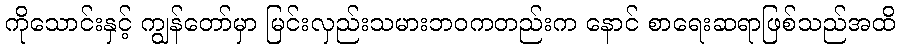
ကိုသောင်းနှင့် ကျွန်တော်မှာ မြင်းလှည်းသမားဘဝကတည်းက နောင် စာရေးဆရာဖြစ်သည်အထိ